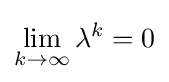
\lim _{k\to \infty }\lambda ^{k}=0